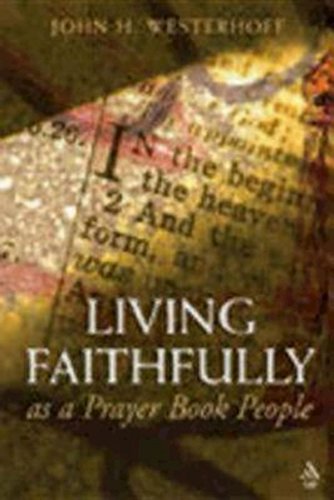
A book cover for Living Faithfully as a Prayer Book People; John H. Westerhoff; Christian Books & Bibles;